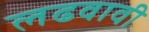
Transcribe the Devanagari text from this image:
लढवावी